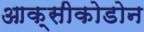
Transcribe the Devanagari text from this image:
आक्सीकोडोन